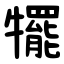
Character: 犤